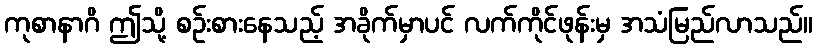
ကုစာနာဂိ ဤသို့ စဉ်းစားနေသည့် အခိုက်မှာပင် လက်ကိုင်ဖုန်းမှ အသံမြည်လာသည်။